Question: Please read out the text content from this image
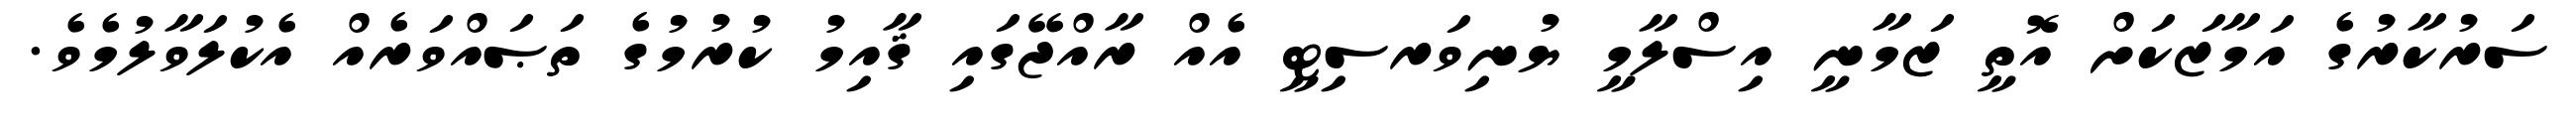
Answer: ސަރުކާރުގެ އަމާޒަކަށް އޮތީ ޒަމާނީ އިސްލާމީ ޔުނިވަރސިޓީ އެއް ރާއްޖޭގައި ޤާއިމު ކުރުމުގެ ތަޞައްވަރެއް އެކުލަވާލުމެވެ.